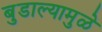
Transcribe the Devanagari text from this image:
बुडाल्यामुळे